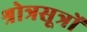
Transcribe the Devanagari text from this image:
श्रोत्रसूत्रों